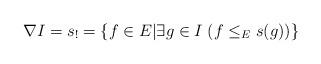
LaTeX: \begin{align*}\nabla I = s_!=\{f \in E | \exists g \in I \; (f \leq_{E} s(g))\}\end{align*}